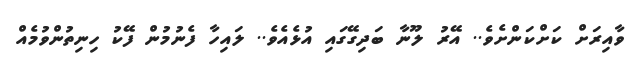
ވާއިރަށް ކަށްކަންށެވެ.. އޭރު ލޫނާ ބަދިގޭގައި އުޅެއެވެ.. ލައިހާ ފެނުމުން ފޭކު ހިނިތުންވުމެއް